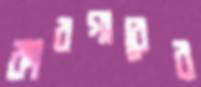
কারগারের